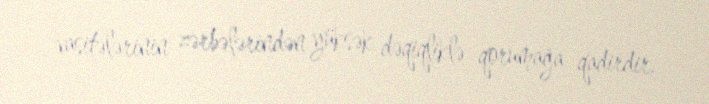
vasitələrinin zərbələrindən yüksək dəqiqliklə qorumağa qadirdir.